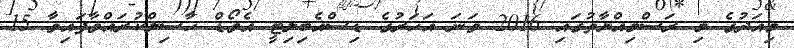
މިއަދުގެ މި ރަސްމިއްޔާތުގައި 2016 ވަނަ އަހަރުގެ ޑިސްއެބިލިޓީ އެވޯޑް ޙާސިލްކުރައްވާފައިވާ 15